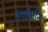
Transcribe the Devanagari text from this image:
जस्टेनीन